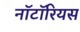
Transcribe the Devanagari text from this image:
नॉटॉरियस